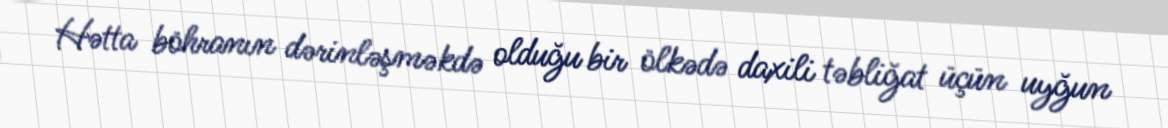
Hətta böhranın dərinləşməkdə olduğu bir ölkədə daxili təbliğat üçün uyğun